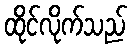
ထိုင်လိုက်သည်